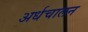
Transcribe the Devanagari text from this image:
अर्धचालन